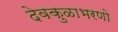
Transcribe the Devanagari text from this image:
देवकुळाभरणो